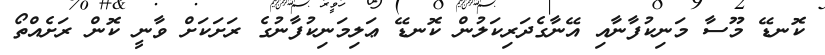
ކޮނޑޭ މޫސާ މަނިކުފާނާއި އޭނާގެދަރިކަލުން ކޮނޑޭ ޢަލިމަނިކުފާނުގެ ރަށަކަށް ވާނީ ކޮން ރަށެއްތޯ